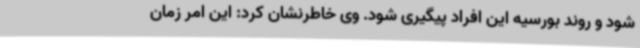
شود و روند بورسیه این افراد پیگیری شود. وی خاطرنشان کرد: این امر زمان